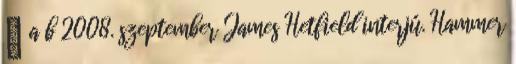
↑ a b 2008. szeptember James Hetfield interjú. Hammer